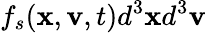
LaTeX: f_{s}(\mathbf{x},\mathbf{v},t)d^{3}\mathbf{x}d^{3}\mathbf{v}